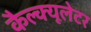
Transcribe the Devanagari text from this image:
कैल्क्यूलेटर